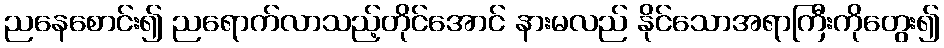
ညနေစောင်း၍ ညရောက်လာသည့်တိုင်အောင် နားမလည် နိုင်သောအရာကြီးကိုတွေး၍